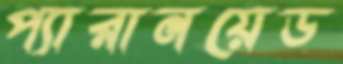
প্যারানয়েড